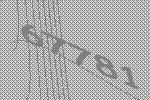
67781